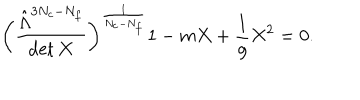
\biggl ( \frac { \hat { \Lambda } ^ { 3 N _ { c } - N _ { f } } } { \det X } \biggr ) ^ { \frac { 1 } { N _ { c } - N _ { f } } } 1 - m X + \frac { 1 } { g } X ^ { 2 } = 0 .